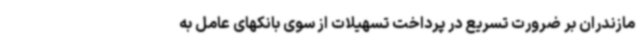
مازندران بر ضرورت تسریع در پرداخت تسهیلات از سوی بانکهای عامل به